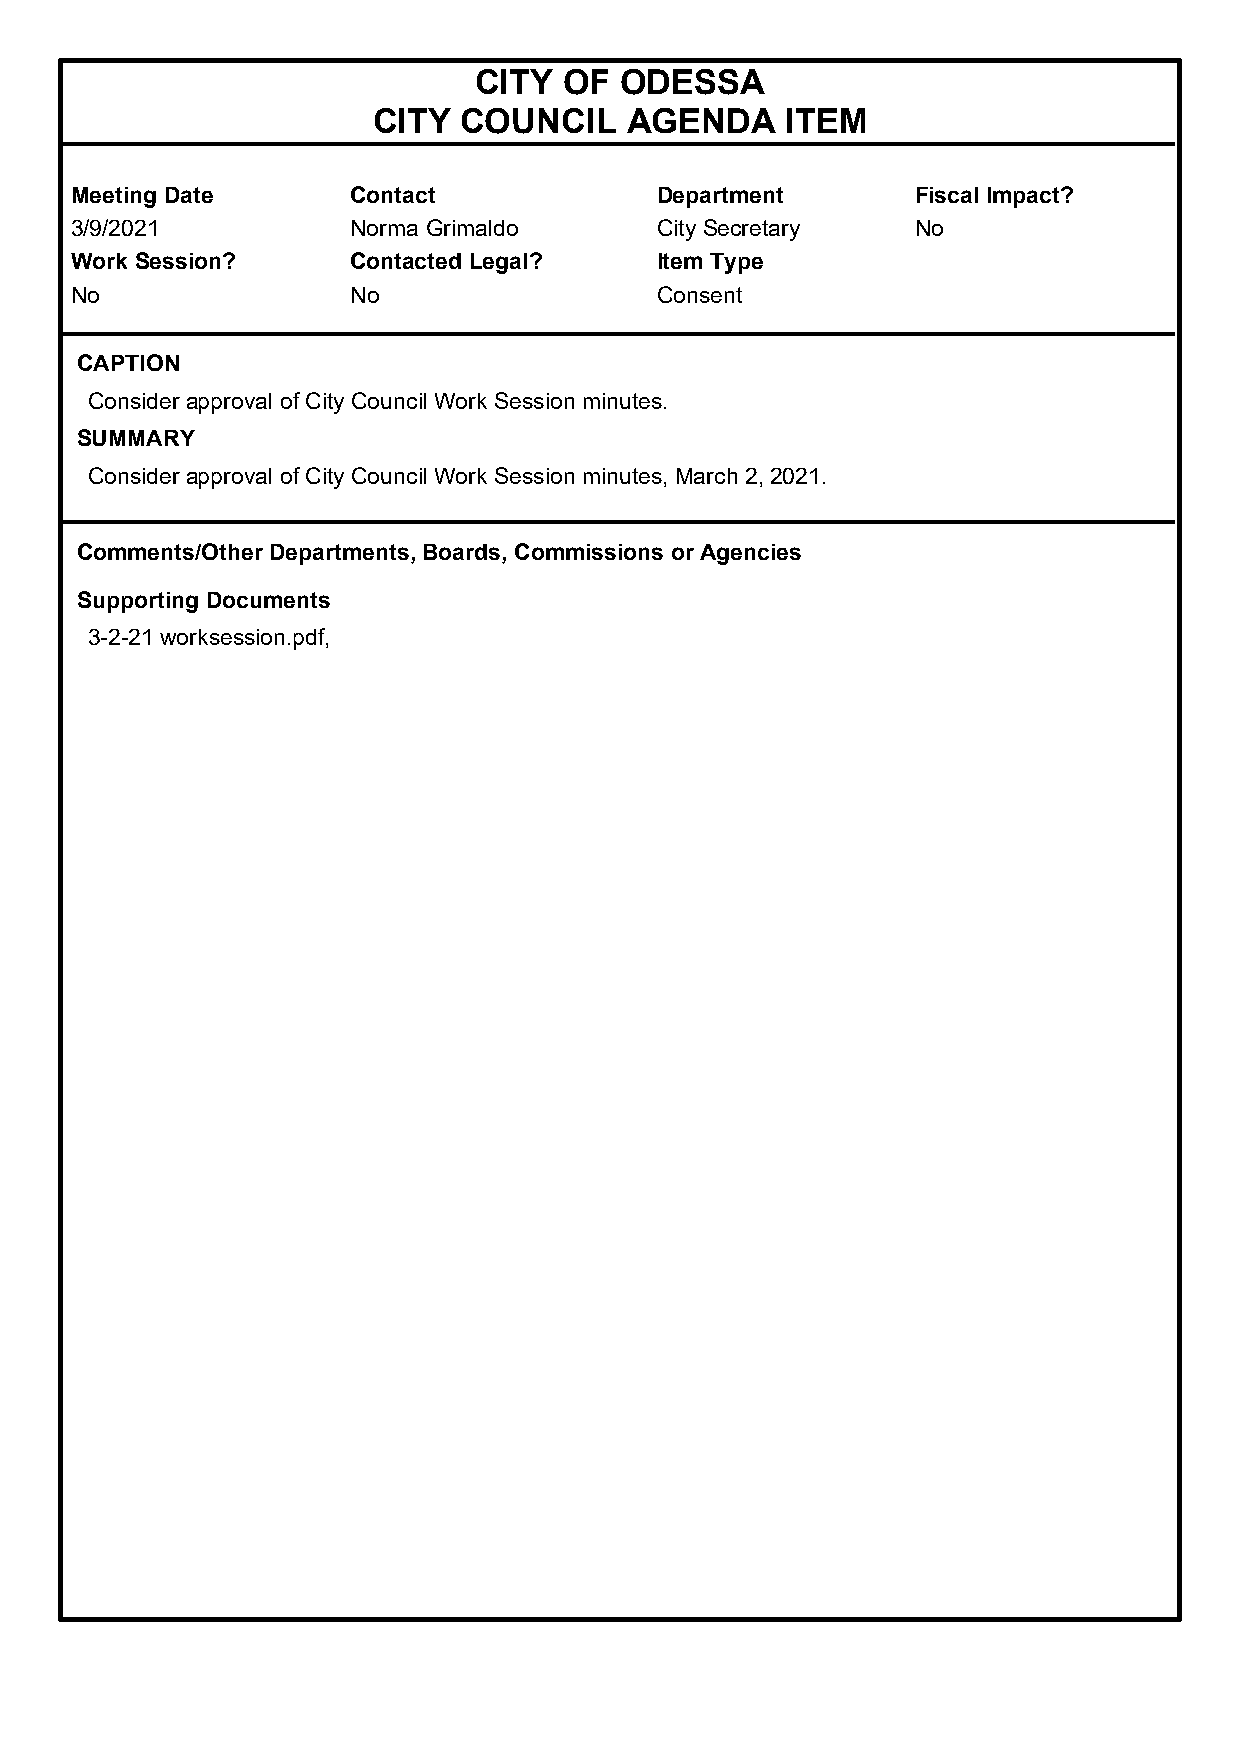
CITY  OF  ODESSA
 CITY COUNCIL    AGENDA     ITEM
 Meeting Date      Contact             Department        Fiscal Impact?
 3/9/2021          Norma Grimaldo      City Secretary    No
 Work Session?     Contacted Legal?    Item Type
 No                No                  Consent
 CAPTION
 Consider approval of City Council Work Session minutes.
 SUMMARY
 Consider approval of City Council Work Session minutes, March 2, 2021.
 Comments/Other Departments, Boards, Commissions or Agencies
 Supporting Documents
 3-2-21 worksession.pdf,